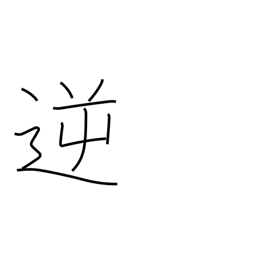
Meaning: wicked